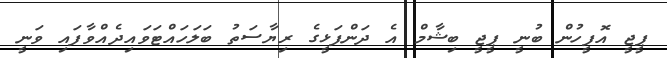
ޕީޖީ އޮފީހުން ބުނީ ޕީޖީ ބިޝާމް އެ ދަންފަޅީގެ ރިޔާސަތު ބަލަހައްޓަވައިދެއްވާފައި ވަނީ